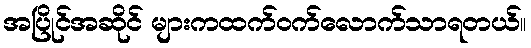
အပြိုင်အဆိုင် များကထက်ဝက်လောက်သာရတယ်။